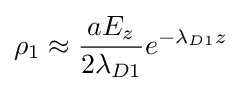
\rho _{1}\approx {\frac {aE_{z}}{2\lambda _{D1}}}e^{-\lambda _{D1}z}